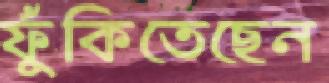
ফুঁকিতেছেন